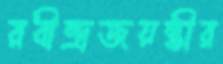
রবীন্দ্রজয়ন্তীর